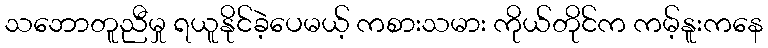
သဘောတူညီမှု ရယူနိုင်ခဲ့ပေမယ့် ကစားသမား ကိုယ်တိုင်က ကမ့်နူးကနေ